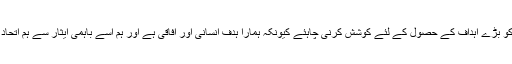
انہوں نے مزید کہا کہ ملت تشیع پاکستان کو بڑے اہداف کے حصول کے لئے کوشش کرنی چاہئے کیونکہ ہمارا ہدف انسانی اور آفاقی ہے اور ہم اسے باہمی ایثار سے ہم اتحاد ملت کو حقیقی طور پر قائم کرسکتے ہیں۔